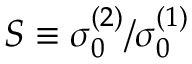
S \equiv { \sigma _ { 0 } ^ { ( 2 ) } } / { \sigma _ { 0 } ^ { ( 1 ) } }